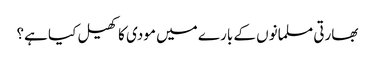
بھارتی مسلمانوں کے بارے میں مودی کا کھیل کیا ہے؟